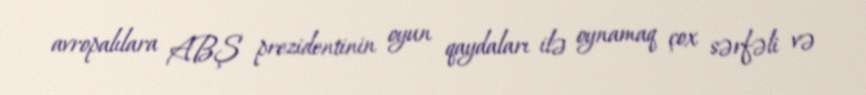
avropalılara ABŞ prezidentinin oyun qaydaları ilə oynamaq çox sərfəli və